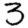
Digit: 3